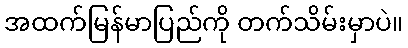
အထက်မြန်မာပြည်ကို တက်သိမ်းမှာပဲ။